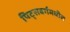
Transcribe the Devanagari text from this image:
पिट्सबर्गमधील